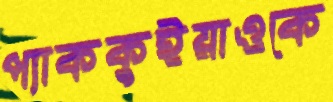
প্যাককুইয়াওকে